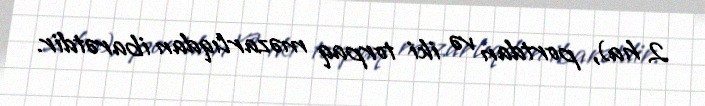
2 ha), portdan və iki torpaq məzarlıqdan ibarətdir.